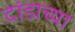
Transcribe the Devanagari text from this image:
दांडाच्या